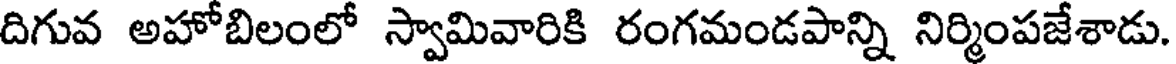
దిగువ అహోబిలంలో స్వామివారికి రంగమండపాన్ని నిర్మింపజేశాడు.